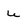
Character: u